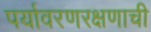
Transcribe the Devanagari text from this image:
पर्यावरणरक्षणाची